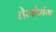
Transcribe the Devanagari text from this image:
तेजोभंग